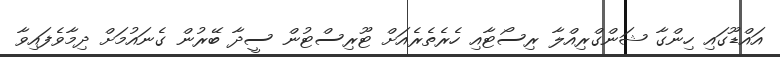
އައްޑޫގައި ހިންގާ ޝަންގްރިއްލާ ރިސޯޓާއި ހެރެތެރެއަށް ޓޫރިސްޓުން ސީދާ ބޭރުން ގެނައުމަށް ދިމާވެފައިވާ